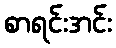
စာရင်းအင်း